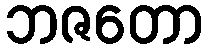
ဘဇတော